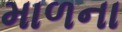
માળના